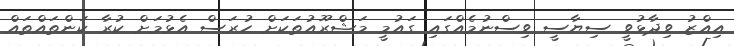
އިއްޒު ވިދާޅުވީ ސިޔާސީ ވިސްނުމެއްގައި ގައުމީ މަޝްރޫއުތަކަށް ހުރަސް އެޅުމަށް ކުރާ ކަންތައްތައް